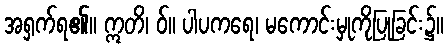
အရှက်ရ၏။ ဣတိ၊ ဝ်။ ပါပကရေ၊ မကောင်းမှုကိုပြုခြင်း၌။